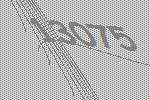
13075